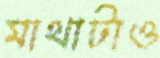
মাথাটাও